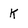
Character: k